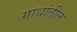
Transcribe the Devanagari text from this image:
गाथांतील